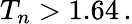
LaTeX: T_{n}>1.64\, .